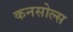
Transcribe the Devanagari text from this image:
कनसोल्स